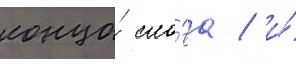
конца́ сло́ва / и́